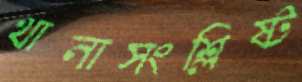
থানাসংশ্লিষ্ট